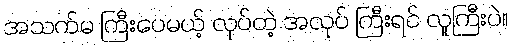
အသက်မ ကြီးပေမယ့် လုပ်တဲ့ အလုပ် ကြီးရင် လူကြီးပဲ။